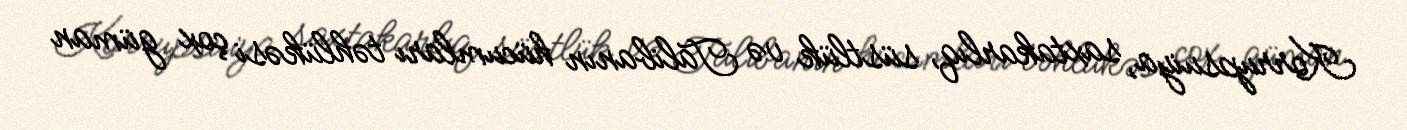
Korrupsuiya, saxtakarlıq, süstlük və Talibanın hücumları təhlükəsi çox güman